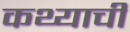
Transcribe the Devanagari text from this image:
कथ्याची